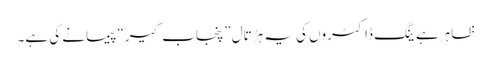
ظاہر ہے ینگ ڈاکٹروں کی یہ ہڑتال ”پنجاب گیر“ پیمانے کی ہے۔